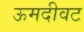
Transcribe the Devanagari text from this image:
ऊमदीवट